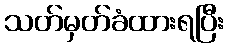
သတ်မှတ်ခံထားရပြီး